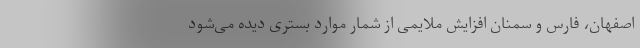
اصفهان، فارس و سمنان افزایش ملایمی از شمار موارد بستری دیده می‌شود